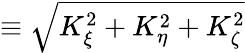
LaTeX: \equiv\sqrt{K_{\xi}^{2}+K_{\eta}^{2}+K_{\zeta}^{2}}